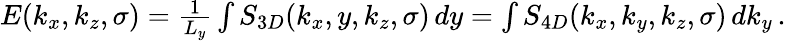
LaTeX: \begin{array}{r}{E(k_{x},k_{z},\sigma)=\frac{1}{L_{y}}\int S_{3D}(k_{x},y,k_{z},\sigma)\, dy=\int S_{4D}(k_{x},k_{y},k_{z},\sigma)\, dk_{y}\, .}\end{array}